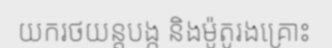
យករថយន្តបង្ក និងម៉ូតូរងគ្រោះ